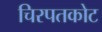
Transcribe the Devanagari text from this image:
चिरपतकोट